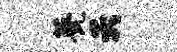
甍夭